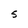
Character: S